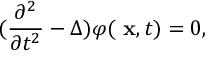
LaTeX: ( \frac { \partial ^ { 2 } } { \partial t ^ { 2 } } - \Delta ) \varphi ( \mathrm { \bf ~ x } , t ) = 0 ,